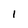
Character: l